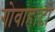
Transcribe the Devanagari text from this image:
गोवाहाटी